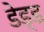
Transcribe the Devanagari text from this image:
डेड्ड